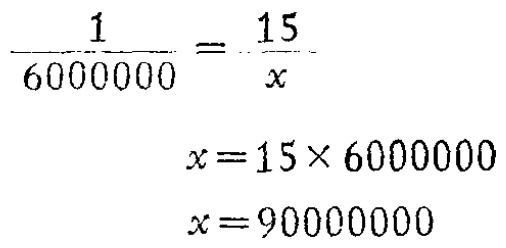
\[\frac{1}{6000000}=\frac{15}{x}\]
\[x = 15\times6000000\]
\[x = 90000000\]